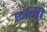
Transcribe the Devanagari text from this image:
छनिी